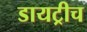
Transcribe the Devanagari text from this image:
डायट्रीच